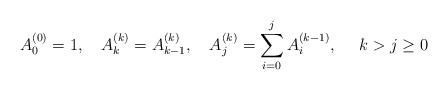
LaTeX: \begin{align*}A_0^{(0)}=1,\ \ \ A_k^{(k)} = A_{k-1}^{(k)},\ \ \ A_j^{(k)} = \sum_{i=0}^j A_i^{(k-1)},\ \ \ \ k>j\ge0\end{align*}